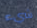
شيء